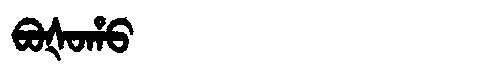
Manchu: ᠪᠣᡧᠣᡥᠣ
Romanization: BOŠOHO